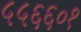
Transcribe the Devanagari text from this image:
५५६६०१